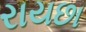
રાયછા